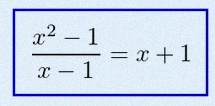
\frac{x^2-1}{x-1}=x+1